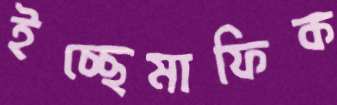
ইচ্ছেমাফিক